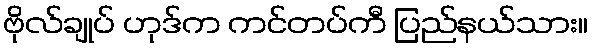
ဗိုလ်ချုပ် ဟုဒ်က ကင်တပ်ကီ ပြည်နယ်သား။